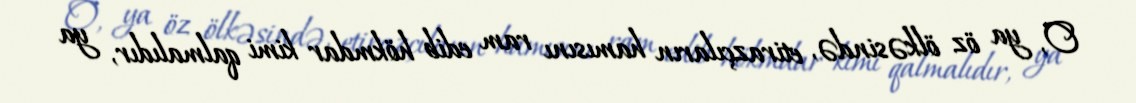
O, ya öz ölkəsində, etirazçıların hamısını ram edib hökmdar kimi qalmalıdır, ya